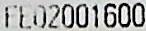
FE02001600